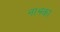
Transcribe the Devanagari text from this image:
नाझ्का